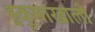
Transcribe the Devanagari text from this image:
हुकुमाखाली